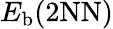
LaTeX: E_{\mathrm{b}}(\mathrm{{2NN})}